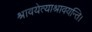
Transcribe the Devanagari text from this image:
श्रावयेत्याश्रावयन्ति।